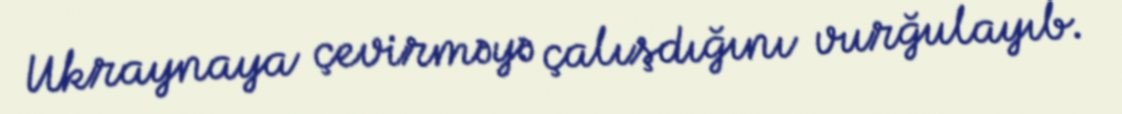
Ukraynaya çevirməyə çalışdığını vurğulayıb.